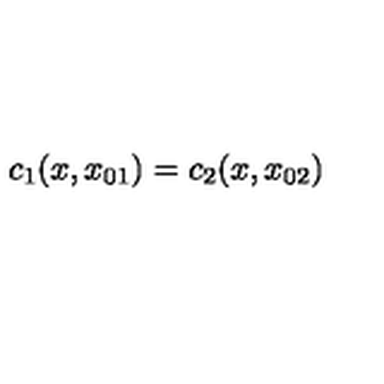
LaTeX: c _ { 1 } ( x , x _ { 0 1 } ) = c _ { 2 } ( x , x _ { 0 2 } )